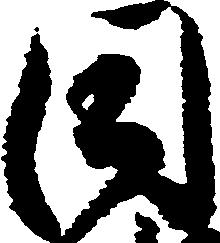
同